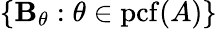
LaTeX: \{ \mathbf{B}_{\theta}:\theta\in\mathrm{{{pcf}}}(A)\}